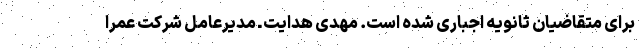
برای متقاضیان ثانویه اجباری شده است. مهدی هدایت ـ مدیرعامل شرکت عمرا